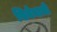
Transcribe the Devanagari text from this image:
सियेनाची